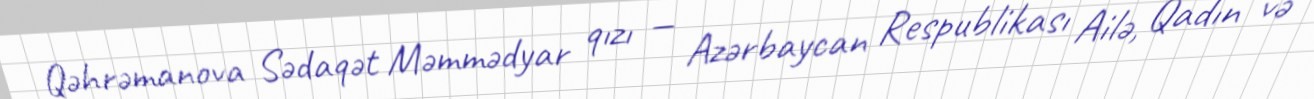
Qəhrəmanova Sədaqət Məmmədyar qızı — Azərbaycan Respublikası Ailə, Qadın və